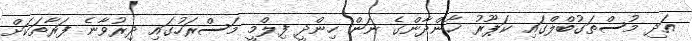
އަދި މުސްތަގުބްލްގައި ކަޕޫރު ޚާންދާންގެ ނަން ހިންދީ ފިލްމީ މަސްރަހުގައި ދިރުވާނެ ފަރާތަކަށް